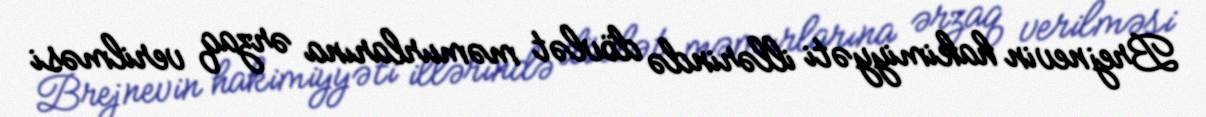
Brejnevin hakimiyyəti illərində dövlət məmurlarına ərzaq verilməsi